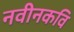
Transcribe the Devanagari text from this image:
नवीनकवि